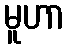
မူဟာ